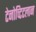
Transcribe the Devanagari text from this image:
टेनोच्टिटलान